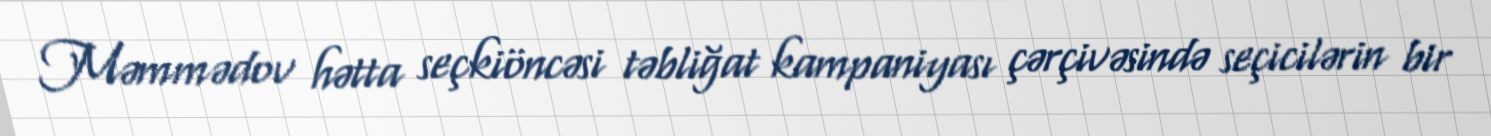
Məmmədov hətta seçkiöncəsi təbliğat kampaniyası çərçivəsində seçicilərin bir